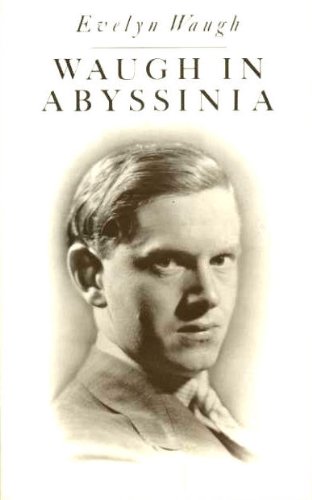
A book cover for Waugh in Abyssinia; Evelyn Waugh; History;